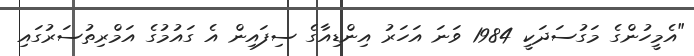
"އެމީހުންގެ މަގުސަދަކީ 1984 ވަނަ އަހަރު އިންޑިއާގެ ސިފައިން އެ ގައުމުގެ އަމްރިތުސަރުގައި